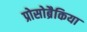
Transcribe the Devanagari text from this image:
प्रोसोब्रैकिया